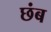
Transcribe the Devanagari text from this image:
छंब